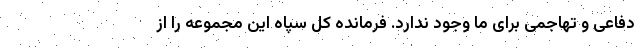
دفاعی و تهاجمی برای ما وجود ندارد. فرمانده کل سپاه این مجموعه را از